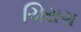
ચિરાગ